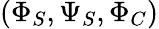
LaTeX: (\Phi_{S},\Psi_{S},\Phi_{C})